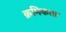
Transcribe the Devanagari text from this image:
क्रमिकता